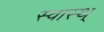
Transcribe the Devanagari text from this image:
स्वास्थ्